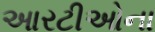
આરટીઓના